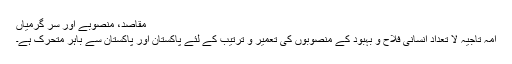
مقاصد، منصوبے اور سر گرمیاں
امہ تاجیہ لا تعداد انسانی فلاح و بہبود کے منصوبوں کی تعمیر و ترتیب کے لئے پاکستان اور پاکستان سے باہر متحرک ہے۔